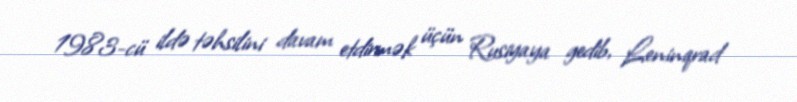
1983-cü ildə təhsilini davam etdirmək üçün Rusiyaya gedib, Leninqrad